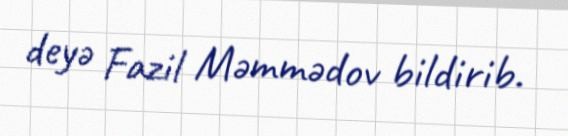
deyə Fazil Məmmədov bildirib.